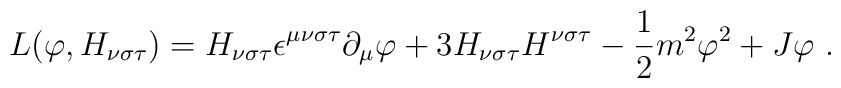
L(\varphi ,H_{\nu \sigma \tau })=H_{\nu \sigma \tau }\epsilon ^{\mu \nu\sigma \tau }\partial _{\mu }\varphi +3H_{\nu \sigma \tau }H^{\nu \sigma\tau }-\frac{1}{2}m^{2}\varphi ^{2}+J\varphi \ .